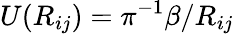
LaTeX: U(R_{ij})=\pi^{-1}\beta/R_{ij}